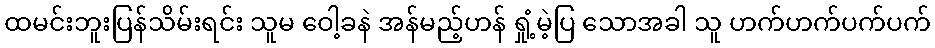
ထမင်းဘူးပြန်သိမ်းရင်း သူမ ဝေါ့ခနဲ အန်မည့်ဟန် ရှုံ့မဲ့ပြ သောအခါ သူ ဟက်ဟက်ပက်ပက်